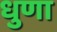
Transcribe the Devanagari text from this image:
धुणा